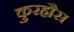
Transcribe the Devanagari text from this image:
कुरहौस